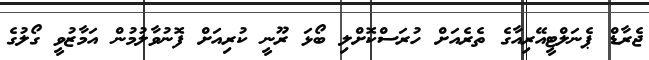
ޖެރާޑް ޕެނަލްޓީއޭރިއާގެ ތެރެއަށް ހުރަސްކޮށްލި ބޯޅަ ރޫނީ ކުރިއަށް ފޮނުވާލުމުން އަމާޒުވީ ގޯލުގެ